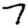
Digit: 7